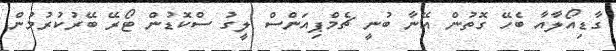
ގާޑިއޯލާއާ ބެހޭ ގޮތުން އޭނާ ބުނީ ޗެމްޕިއަންސް ލީގު ސްކޮޑުން ޓޯރޭ ބޭރުކުރުމުން